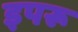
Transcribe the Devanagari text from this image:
इपरू